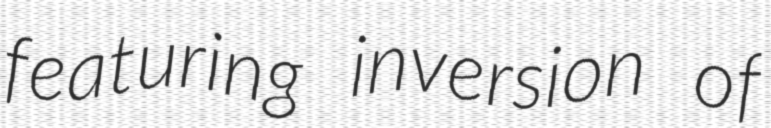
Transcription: featuring inversion of